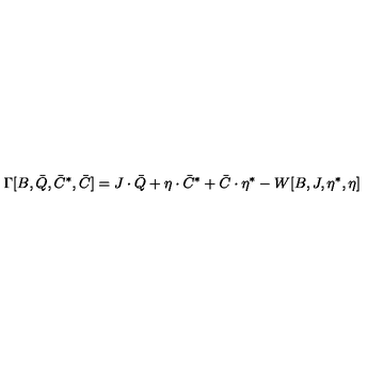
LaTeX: \Gamma [ B , \bar { Q } , \bar { C } ^ { \ast } , \bar { C } ] = J \cdot \bar { Q } + \eta \cdot \bar { C } ^ { \ast } + \bar { C } \cdot \eta ^ { \ast } - W [ B , J , \eta ^ { \ast } , \eta ]